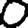
Digit: 0